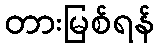
တားမြစ်ရန်